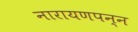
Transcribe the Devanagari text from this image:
नारायणपन्न